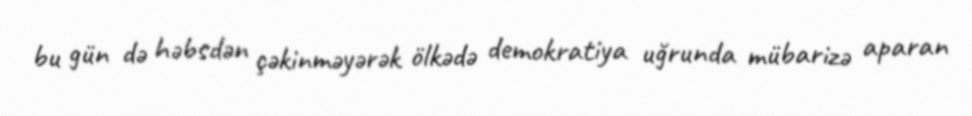
bu gün də həbsdən çəkinməyərək ölkədə demokratiya uğrunda mübarizə aparan